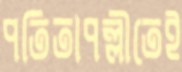
পতিতাপল্লীতেই